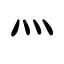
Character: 灬